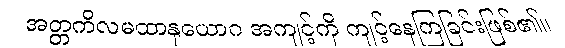
အတ္တကိလမထာနုယောဂ အကျင့်ကို ကျင့်နေကြခြင်းဖြစ်၏။